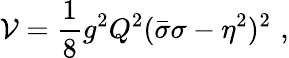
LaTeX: \mathcal{V}=\frac{1}{8}g^{2}Q^{2}(\bar{{\sigma}}\sigma-\eta^{2})^{2}\, \, ,